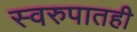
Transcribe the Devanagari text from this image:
स्वरुपातही